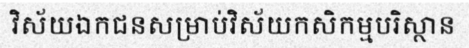
វិស័យឯកជនសម្រាប់វិស័យកសិកម្មបរិស្ថាន